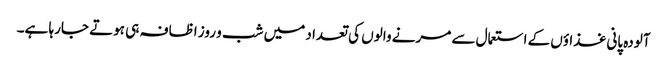
آلودہ پانی غذاؤں کے استعمال سے مرنے والوں کی تعداد میں شب و روز اظافہ ہی ہوتے جارہا ہے۔